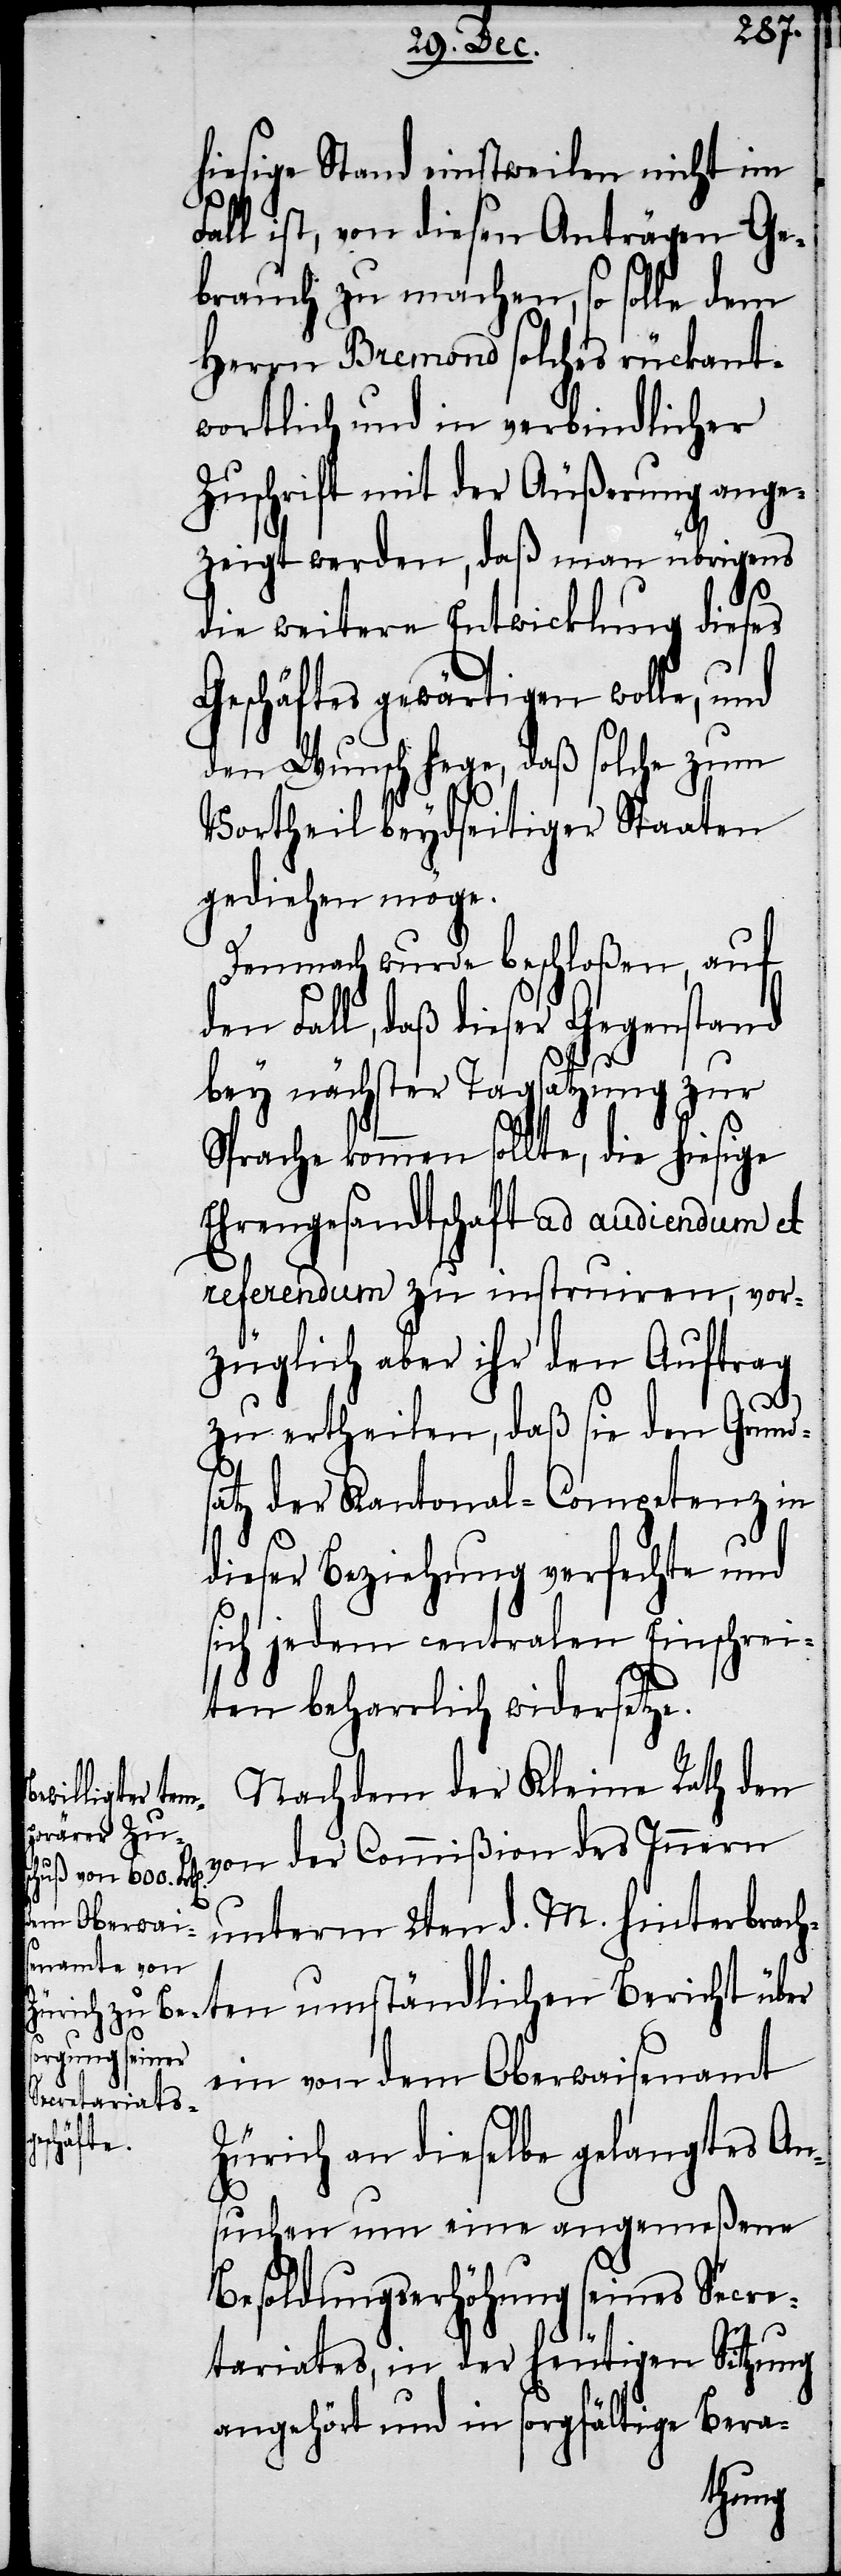
hiesige Stand einstweilen nicht im
d¬
Fall ist, von diesen Anträgen Ge¬
brauch zu machen, so solle dem
Herrn Bremond solches rückant¬
wortlich und in verbindlicher
Zuschrift mit der Äußerung ange¬
zeigt werden, daß man übrigens
die weitere Entwicklung dieses
Geschäftes gewärtigen wolle, und
den Wunsch hege, daß solche zum
Vortheil beydseitiger Staaten
gediehen möge.
Demnach wurde beschloßen, auf
en Fall, daß dieser Gegenstand
bey nächster Tagsatzung zur
Sprache kommen sollte, die hiesige
Ehrengesandtschaft ad audiendum et
referendum zu instruiren, vor¬
züglich aber ihr den Auftrag
zu ertheilen, daß sie den Grund¬
satz der Kantonal-Competenz in
dieser Beziehung verfechte und
sich jedem centralen Einschrei¬
ten beharrlich widersetze.
Nachdem der Kleine Rath den
von der Commißion des Innern
unterm 2ten d. M. hinterbrach¬
ein von dem Oberwaisenamt
Zürich an dieselbe gelangtes An¬
suchen um eine angemeßene
Besoldungserhöhung seines Secre¬
tariates, in der heutigen Sitzung
angehört und in sorgfältige Bera-
ten